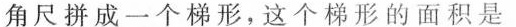
角尺拼成一个梯形，这个梯形的面积是